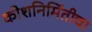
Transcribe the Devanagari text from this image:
कोशनिर्मितीचा